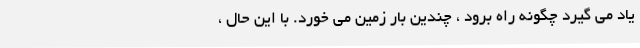
یاد می گیرد چگونه راه برود ، چندین بار زمین می خورد. با این حال ،